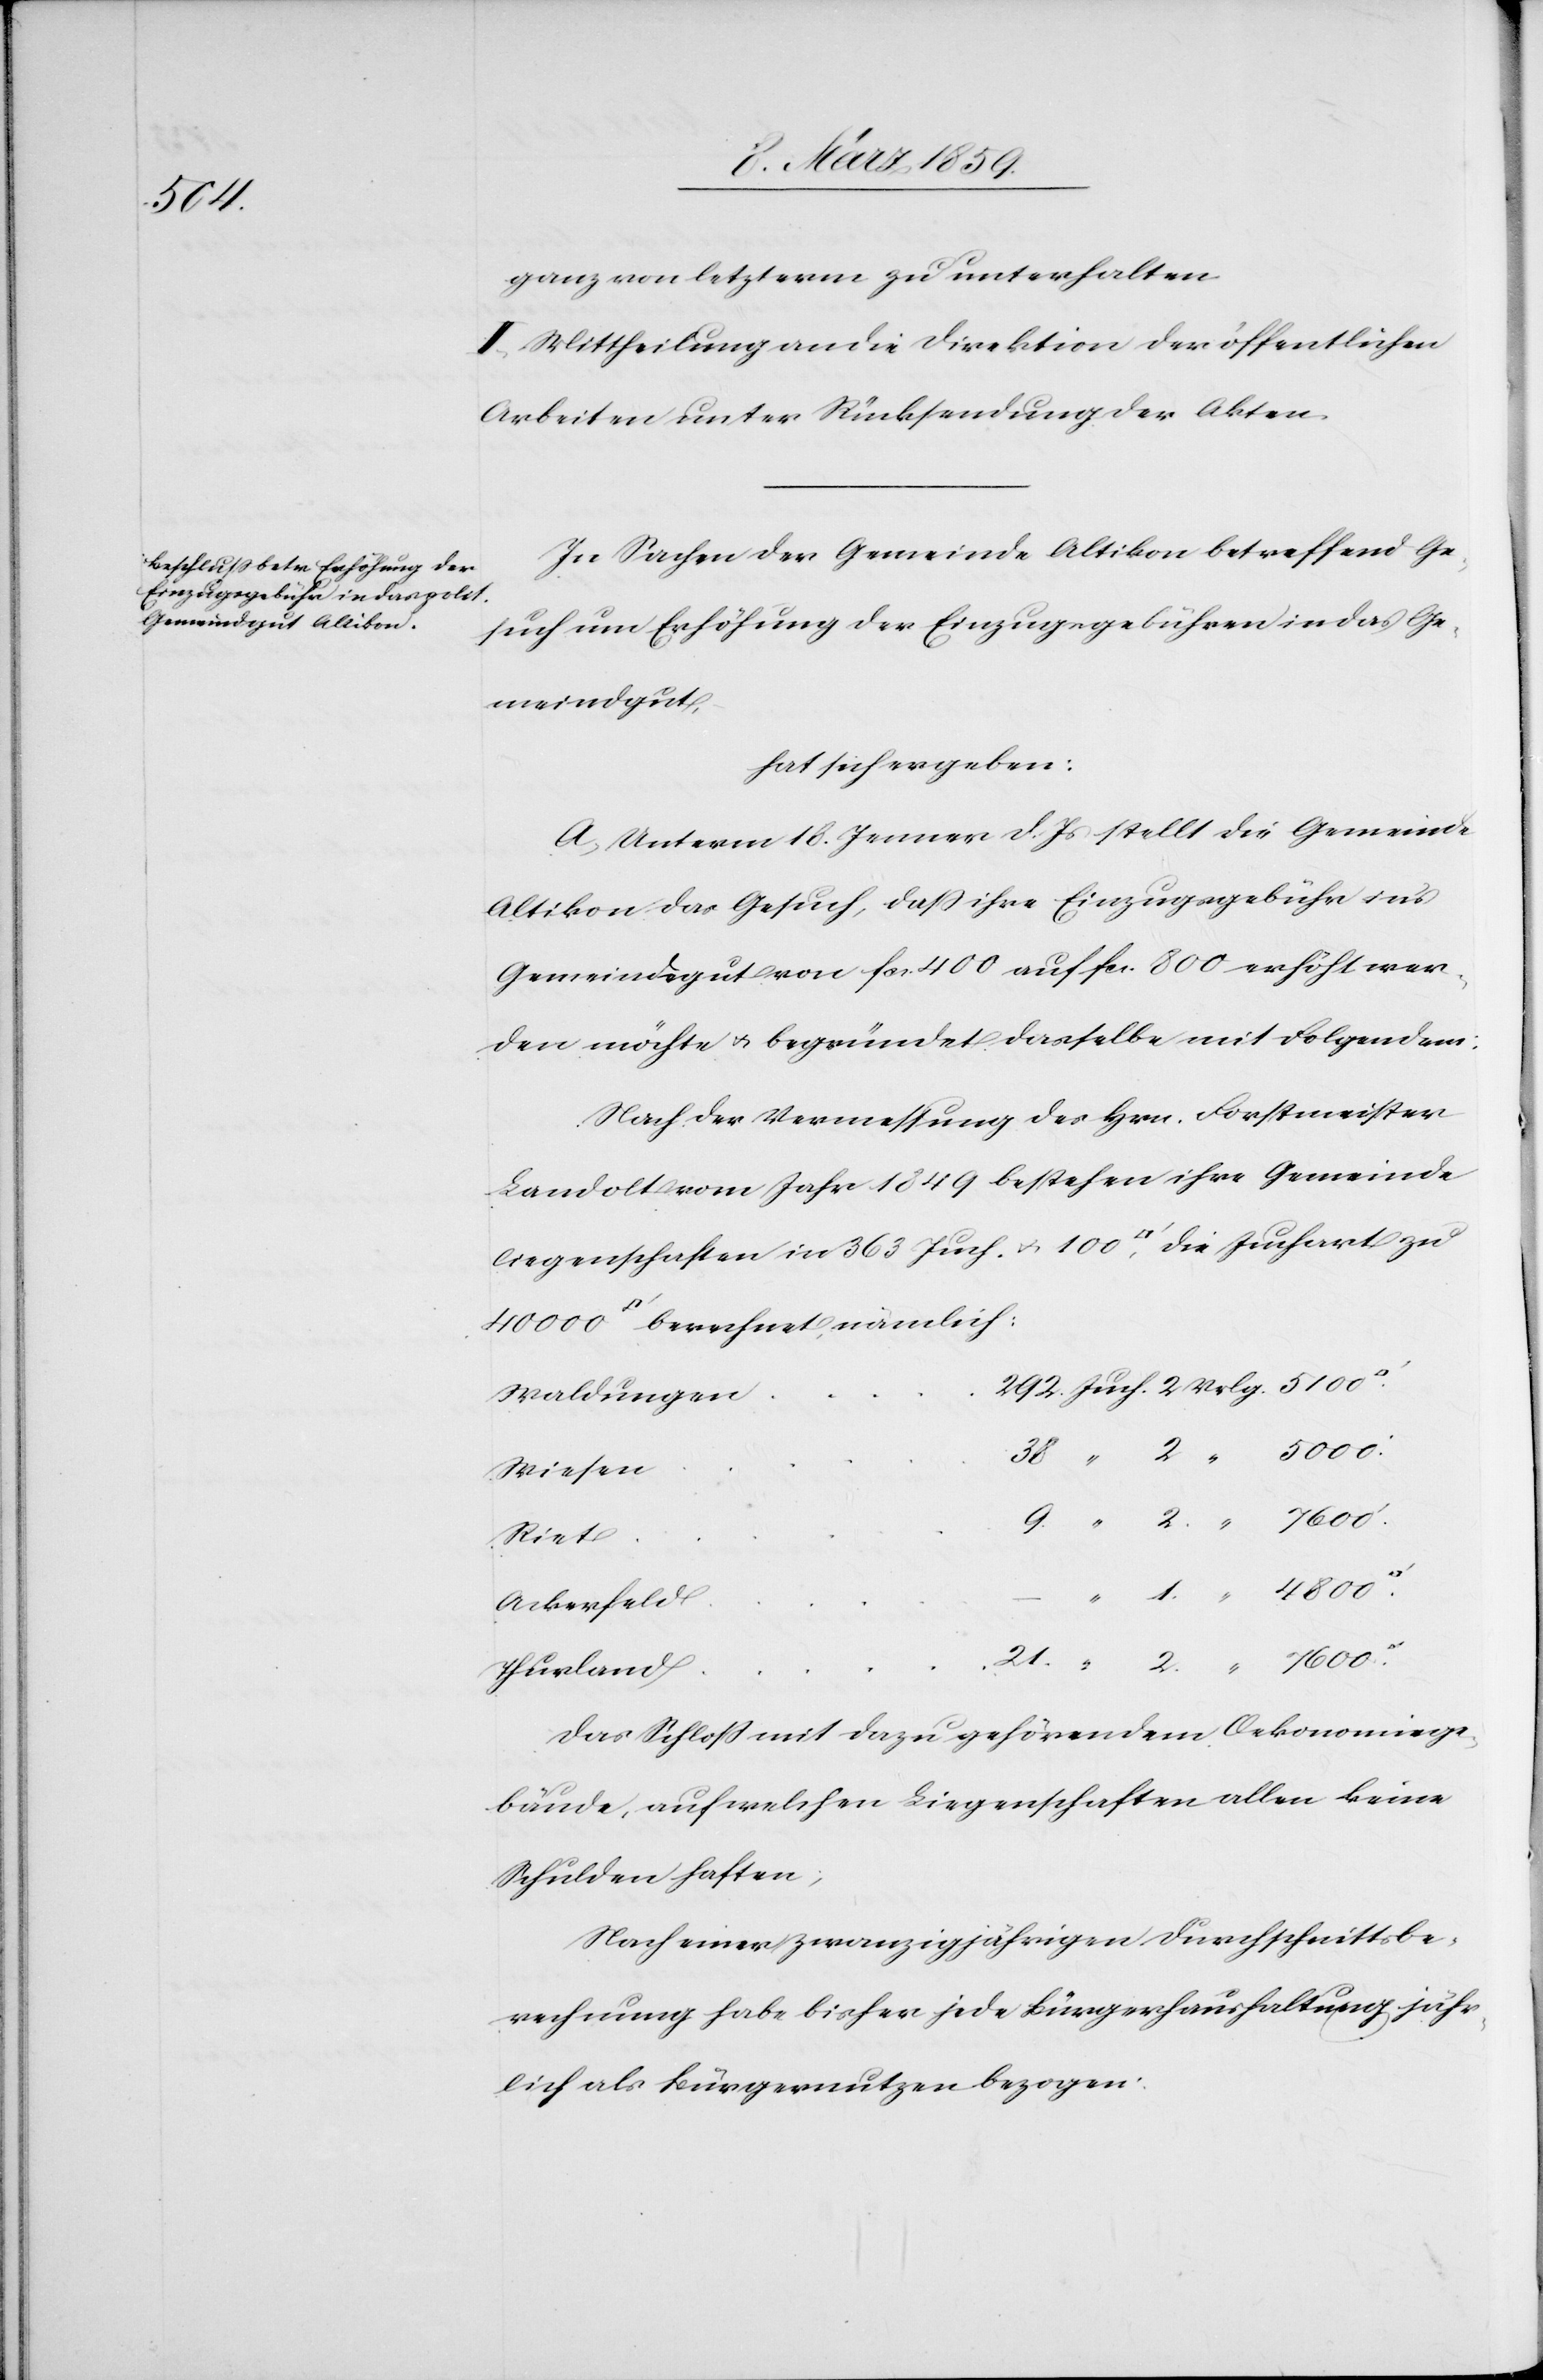
5000

ganz von letzterm zu unterhalten.
II. Mittheilung an die Direktion der öffentlichen
Arbeiten unter Rücksendung der Akten.
In Sachen der Gemeinde Altikon betreffend Ge¬
such um Erhöhung der Einzugsgebühren in das Ge¬
meindgut,
hat sich ergeben:
A. Unterm 18. Januar d. Js stellt die Gemeinde
Altikon das Gesuch, daß ihre Einzugsgebühr ins
Gemeindsgut von fcs. 400 auf fcs. 800 erhöht wer¬
den möchte u. begründet dasselbe mit Folgendem:
Nach der Vermessung des Hrn. Forstmeister
Landolt vom Jahr 1849 bestehen ihre Gemeinde¬
liegenschaften in 363 Juch. u. 100 [Quadratfuß], die Juchart zu
Waldungen
Wiesen
Riet
Ackerfeld
Thurland
Das Schloß mit dazu gehörendem Oekonomiege¬
bäude, auf welchen Liegenschaften allen keine
Schulden haften;
Nach einer zwanzigjährigen Durchschnittsbe¬
rechnung habe bisher jede Bürgerhaushaltung jähr¬
lich als Bürgernutzen bezogen: